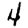
Digit: 4